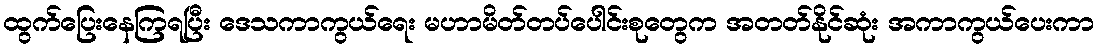
ထွက်ပြေးနေကြရပြီး ဒေသကာကွယ်ရေး မဟာမိတ်တပ်ပေါင်းစုတွေက အတတ်နိုင်ဆုံး အကာကွယ်ပေးကာ